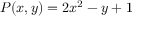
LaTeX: P ( x , y ) = 2 x ^ { 2 } - y + 1